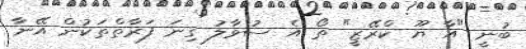
ބުނީ "އާ ޔޫ ކްރޭޒީ" ތޯ އެ ސުވާލު ގިނަ ފަރާތްތަކުން އޭނާ